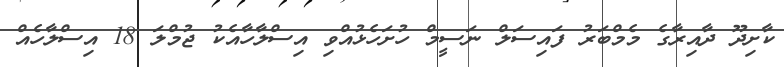
ކާށިދޫ ދާއިރާގެ މެމްބަރު ފައިސަލް ނަސީމް ހުށަހެޅުއްވި އިސްލާހާއެކު ޖުމްލަ 18 އިސްލާހެއް